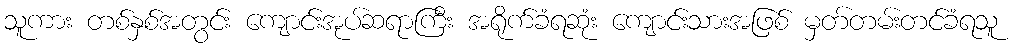
သူကား တစ်နှစ်အတွင်း ကျောင်းအုပ်ဆရာကြီး အရိုက်ခံရဆုံး ကျောင်းသားအဖြစ် မှတ်တမ်းတင်ခံရသူ